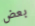
بعض